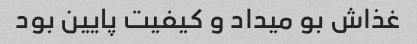
غذاش بو میداد و کیفیت پایین بود